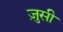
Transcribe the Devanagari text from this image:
ज़ुसी